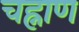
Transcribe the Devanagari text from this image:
चह्नाण